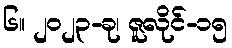
၆။ ၂၀၂၃-ခု၊ ဇူလိုင်-၁၅